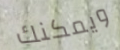
ويمكنك